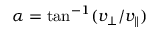
\alpha = \tan ^ { - 1 } ( v _ { \perp } / v _ { \parallel } )